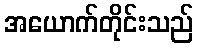
အယောက်တိုင်းသည်